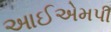
આઈએમપી